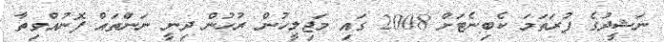
ނަޝީދުގެ ފުރަތަމަ ކެބިނެޓަށް 2008 ގައި މަޖިލީހުން ރުހުން ދިނީ ނަންތައް ފޮނުއްވިތާ